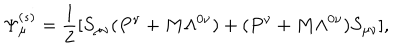
LaTeX: \Psi _ { \mu } ^ { ( s ) } = { \frac { 1 } { 2 } } [ S _ { \mu \nu } ( P ^ { \nu } + M \Lambda ^ { 0 \nu } ) + ( P ^ { \nu } + M \Lambda ^ { 0 \nu } ) S _ { \mu \nu } ] ,